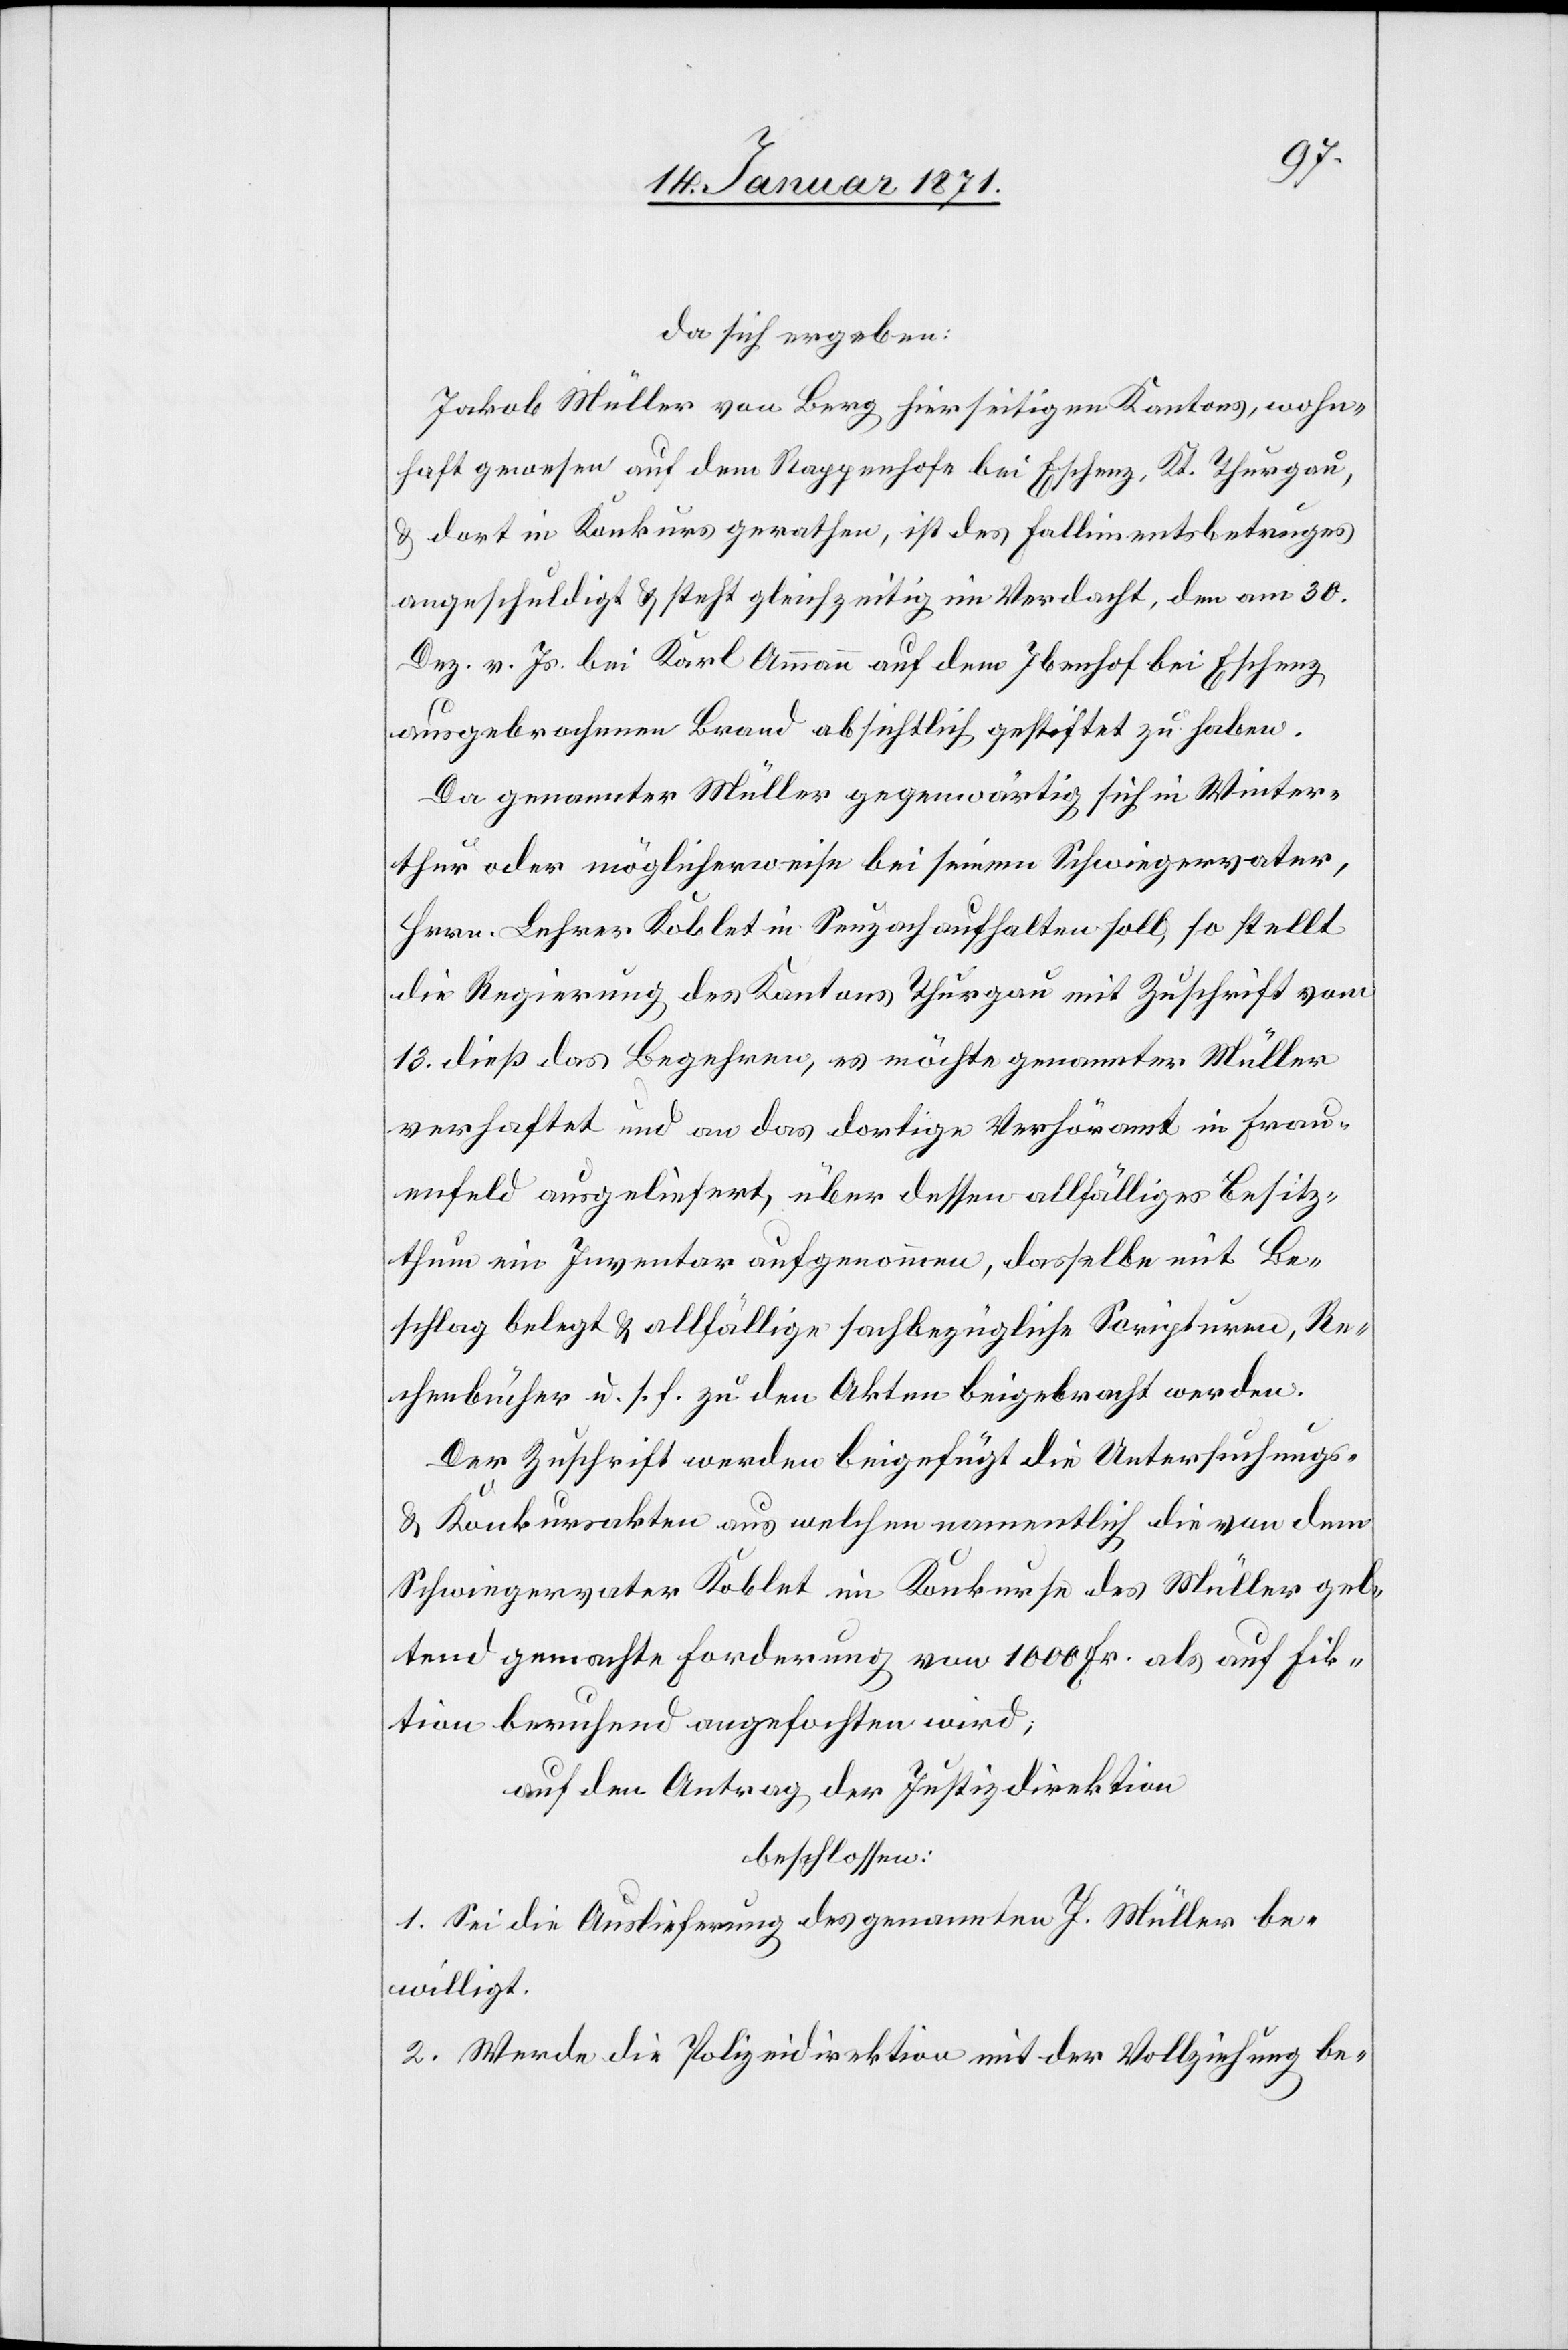
da sich ergeben:
Jakob Müller von Berg hierseitigen Kantons, wohn¬
haft gewesen auf dem Rappenhofe bei Eschenz, Kt. Thurgau,
u. dort in Konkurs gerathen, ist des Fallimentsbetruges
angeschuldigt u. steht gleichzeitig in Verdacht, den am 30.
Dez. v. Js. bei Karl Ammann auf dem Ibenhof bei Eschenz
ausgebrochenen Brand absichtlich gestiftet zu haben.
Da genannter Müller gegenwärtig sich in Winter¬
thur oder möglicherweise bei seinem Schwiegervater,
Hrrn. Lehrer Koblet in Seuzach aufhalten soll, so stellt
die Regierung des Kantons Thurgau mit Zuschrift vom
18. dieß das Begehren, es möchte genannter Müller
verhaftet und an das dortige Verhöramt in Frau¬
enfeld ausgeliefert, über dessen allfälliges Besitz¬
thum ein Inventar aufgenommen, dasselbe mit Be¬
schlag belegt u. allfällige sachbezügliche Scripturen, Re¬
chenbücher u. s. f. zu den Akten beigebracht werden.
Der Zuschrift werden beigefügt die Untersuchungs-
u. Konkursakten aus welchen namentlich die von dem
Schwiegervater Koblet im Konkurse des Müller gel¬
tend gemachte Forderung von 1000 Fr. als auf Fik¬
tion beruhend angefochten wird,
auf den Antrag der Justizdirektion
beschlossen:
1. Sei die Auslieferung des genannten J. Müller be¬
willigt.
2. Werde die Polizeidirektion mit der Vollziehung be-